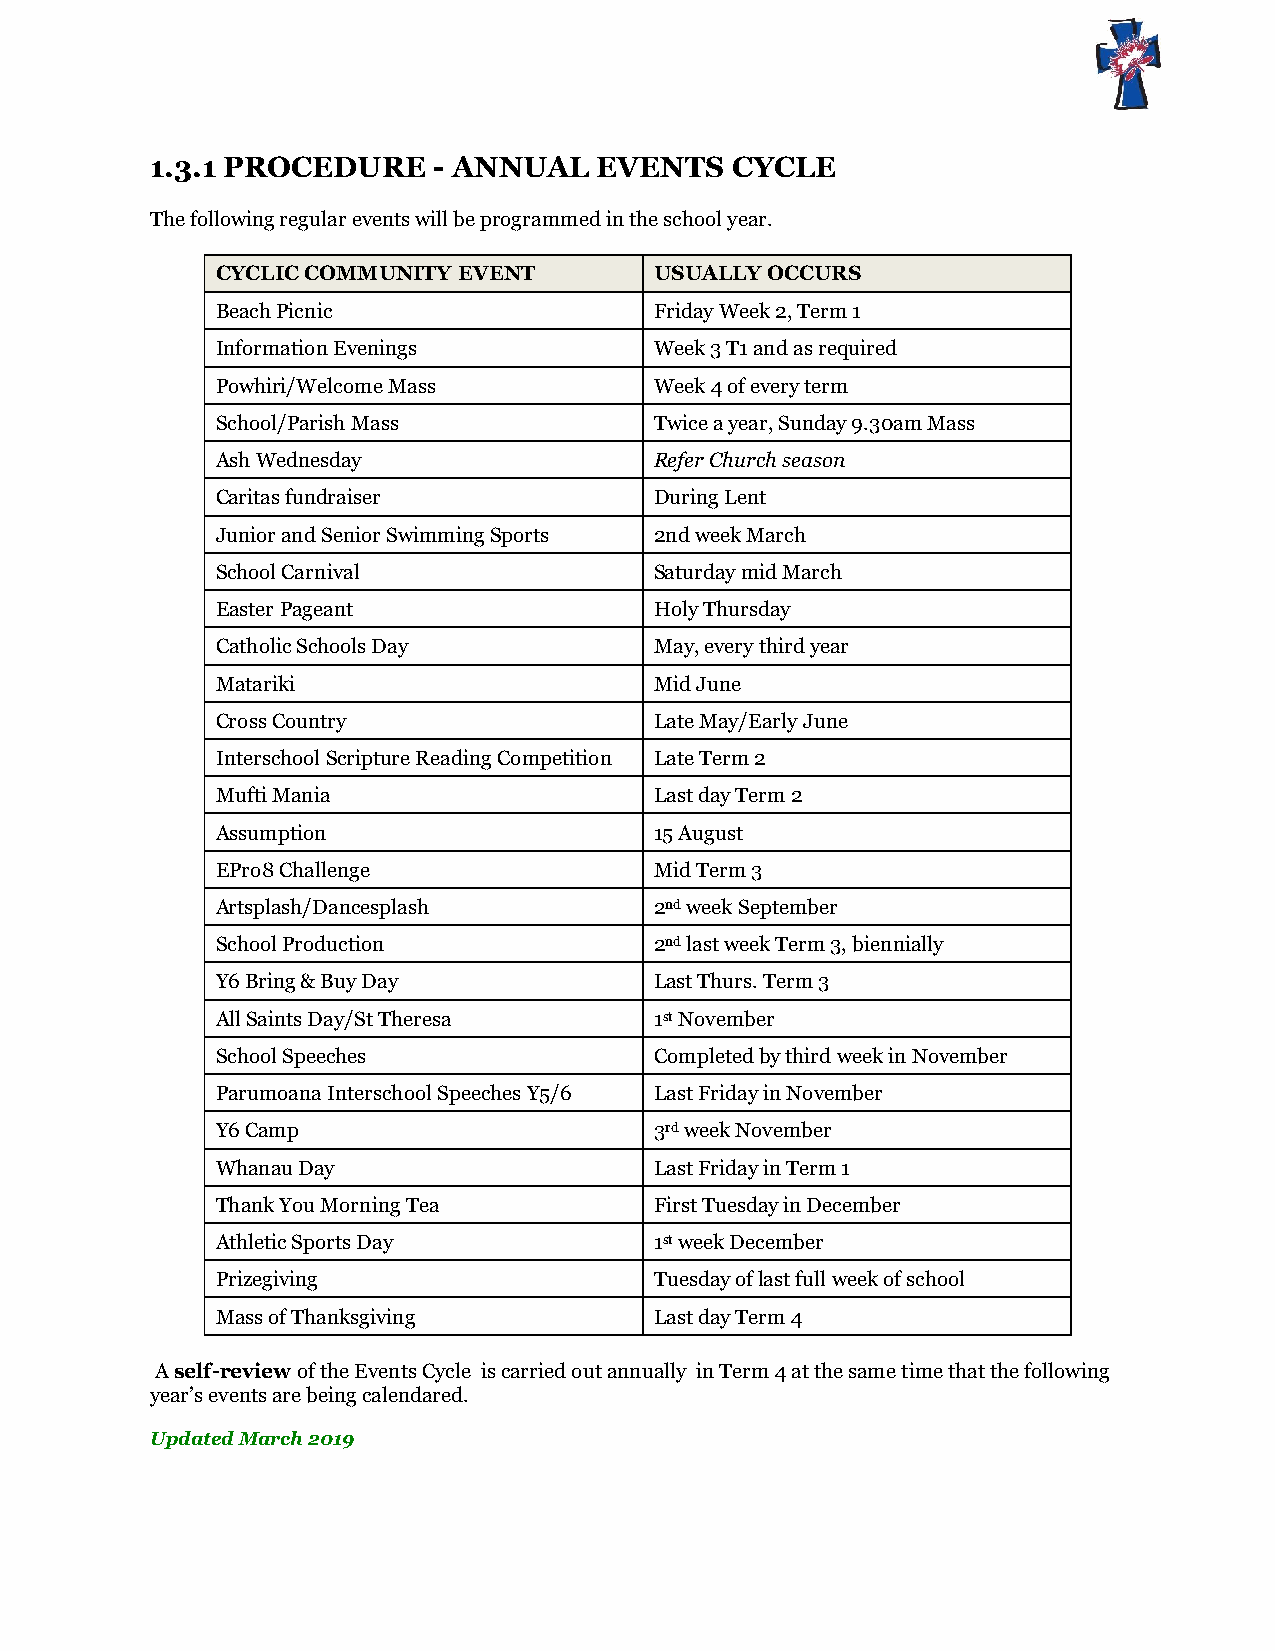
1.3.1 PROCEDURE    - ANNUAL   EVENTS  CYCLE
 The following regular events will be programmed in the school year.
 CYCLIC COMMUNITY EVENT       USUALLY OCCURS
 Beach Picnic                 Friday Week 2, Term 1
 Information Evenings         Week 3 T1 and as required
 Powhiri/Welcome Mass         Week 4 of every term
 School/Parish Mass           Twice a year, Sunday 9.30am Mass
 Ash Wednesday                Refer Church season
 Caritas fundraiser           During Lent
 Junior and Senior Swimming Sports 2nd week March
 School Carnival              Saturday mid March
 Easter Pageant               Holy Thursday
 Catholic Schools Day         May, every third year
 Matariki                     Mid June
 Cross Country                Late May/Early June
 Interschool Scripture Reading Competition Late Term 2
 Mufti Mania                  Last day Term 2
 Assumption                   15 August
 EPro8 Challenge              Mid Term 3
 Artsplash/Dancesplash        2nd week September
 School Production            2nd last week Term 3, biennially
 Y6 Bring & Buy Day           Last Thurs. Term 3
 All Saints Day/St Theresa    1st November
 School Speeches              Completed by third week in November
 Parumoana Interschool Speeches Y5/6 Last Friday in November
 Y6 Camp                      3rd week November
 Whanau Day                   Last Friday in Term 1
 Thank You Morning Tea        First Tuesday in December
 Athletic Sports Day          1st week December
 Prizegiving                  Tuesday of last full week of school
 Mass of Thanksgiving         Last day Term 4
 A self-review of the Events Cycle is carried out annually in Term 4 at the same time that the following
 year’s events are being calendared.
 Updated March 2019